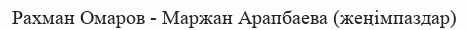
Рахман Омаров - Маржан Арапбаева (жеңімпаздар)